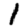
Digit: 1